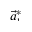
\smash { \vec { a } _ { 1 } ^ { * } }